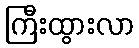
ကြီးထွားလာ